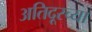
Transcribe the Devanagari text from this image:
अतिदूरच्या